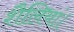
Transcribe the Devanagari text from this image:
शैलियां।